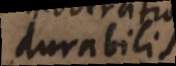
durabilis